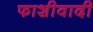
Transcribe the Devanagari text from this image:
फाशीवादी